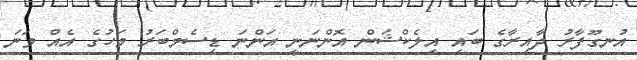
އުނގޫފާރު ދާއިރާގެ ބައި އިލެކްޝަން އޮންނަނީ އަންނަ ޑިސެމްބަރު މަހުގެ އެއް ވަނަ